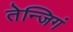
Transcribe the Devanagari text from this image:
तेन्जिगं